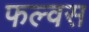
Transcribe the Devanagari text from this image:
फल्वस